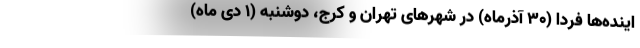
اینده‌ها فردا (۳۰ آذرماه)‌ در شهرهای تهران و کرج، دوشنبه (۱ دی ماه)